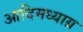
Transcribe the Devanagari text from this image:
आदिमध्याग्र